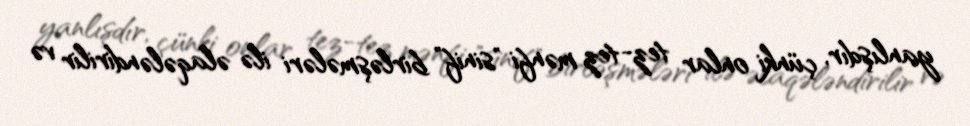
yanlışdır, çünki onlar tez-tez mənfi "sinif" birləşmələri ilə əlaqələndirilir və